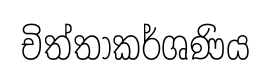
චිත්තාකර්ශණිය